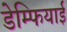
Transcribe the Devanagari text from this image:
डेम्फियाई